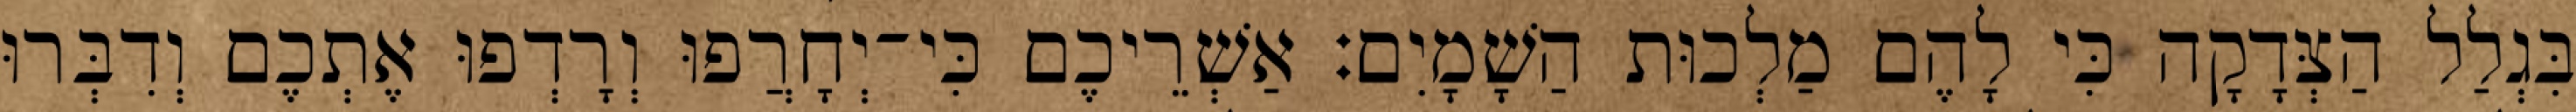
בִּגְלַל הַצְּדָקָה כִּי לָהֶם מַלְכוּת הַשָׁמָיִם׃ אַשְׁרֵיכֶם כִּי־יְחָרֲפוּ וְרָדְפוּ אֶתְכֶם וְדִבְּרוּ